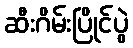
ဆီးဂိမ်းပြိုင်ပွဲ